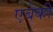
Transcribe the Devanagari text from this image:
एबेकी